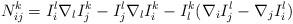
\begin{align*}N_{ij}^k=I_i^l\nabla _lI_j^k-I_j^l\nabla _lI_i^k-I_l^k(\nabla _iI_j^l-\nabla_jI_i^l) \end{align*}